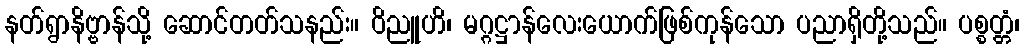
နတ်ရွာနိဗ္ဗာန်သို့ ဆောင်တတ်သနည်း။ ဝိညူဟိ၊ မဂ္ဂဋ္ဌာန်လေးယောက်ဖြစ်ကုန်သော ပညာရှိတို့သည်။ ပစ္စတ္တံ၊